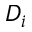
D _ { i }